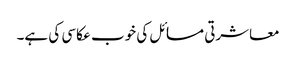
معاشرتی مسائل کی خوب عکاسی کی ہے۔